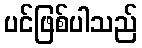
ပင်ဖြစ်ပါသည်